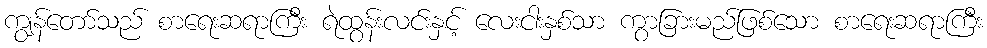
ကျွန်တော်သည် စာရေးဆရာကြီး ရဲထွန်းလင်းနှင့် လေးငါးနှစ်သာ ကွာခြားမည်ဖြစ်သော စာရေးဆရာကြီး